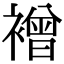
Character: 䙢